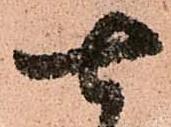
七